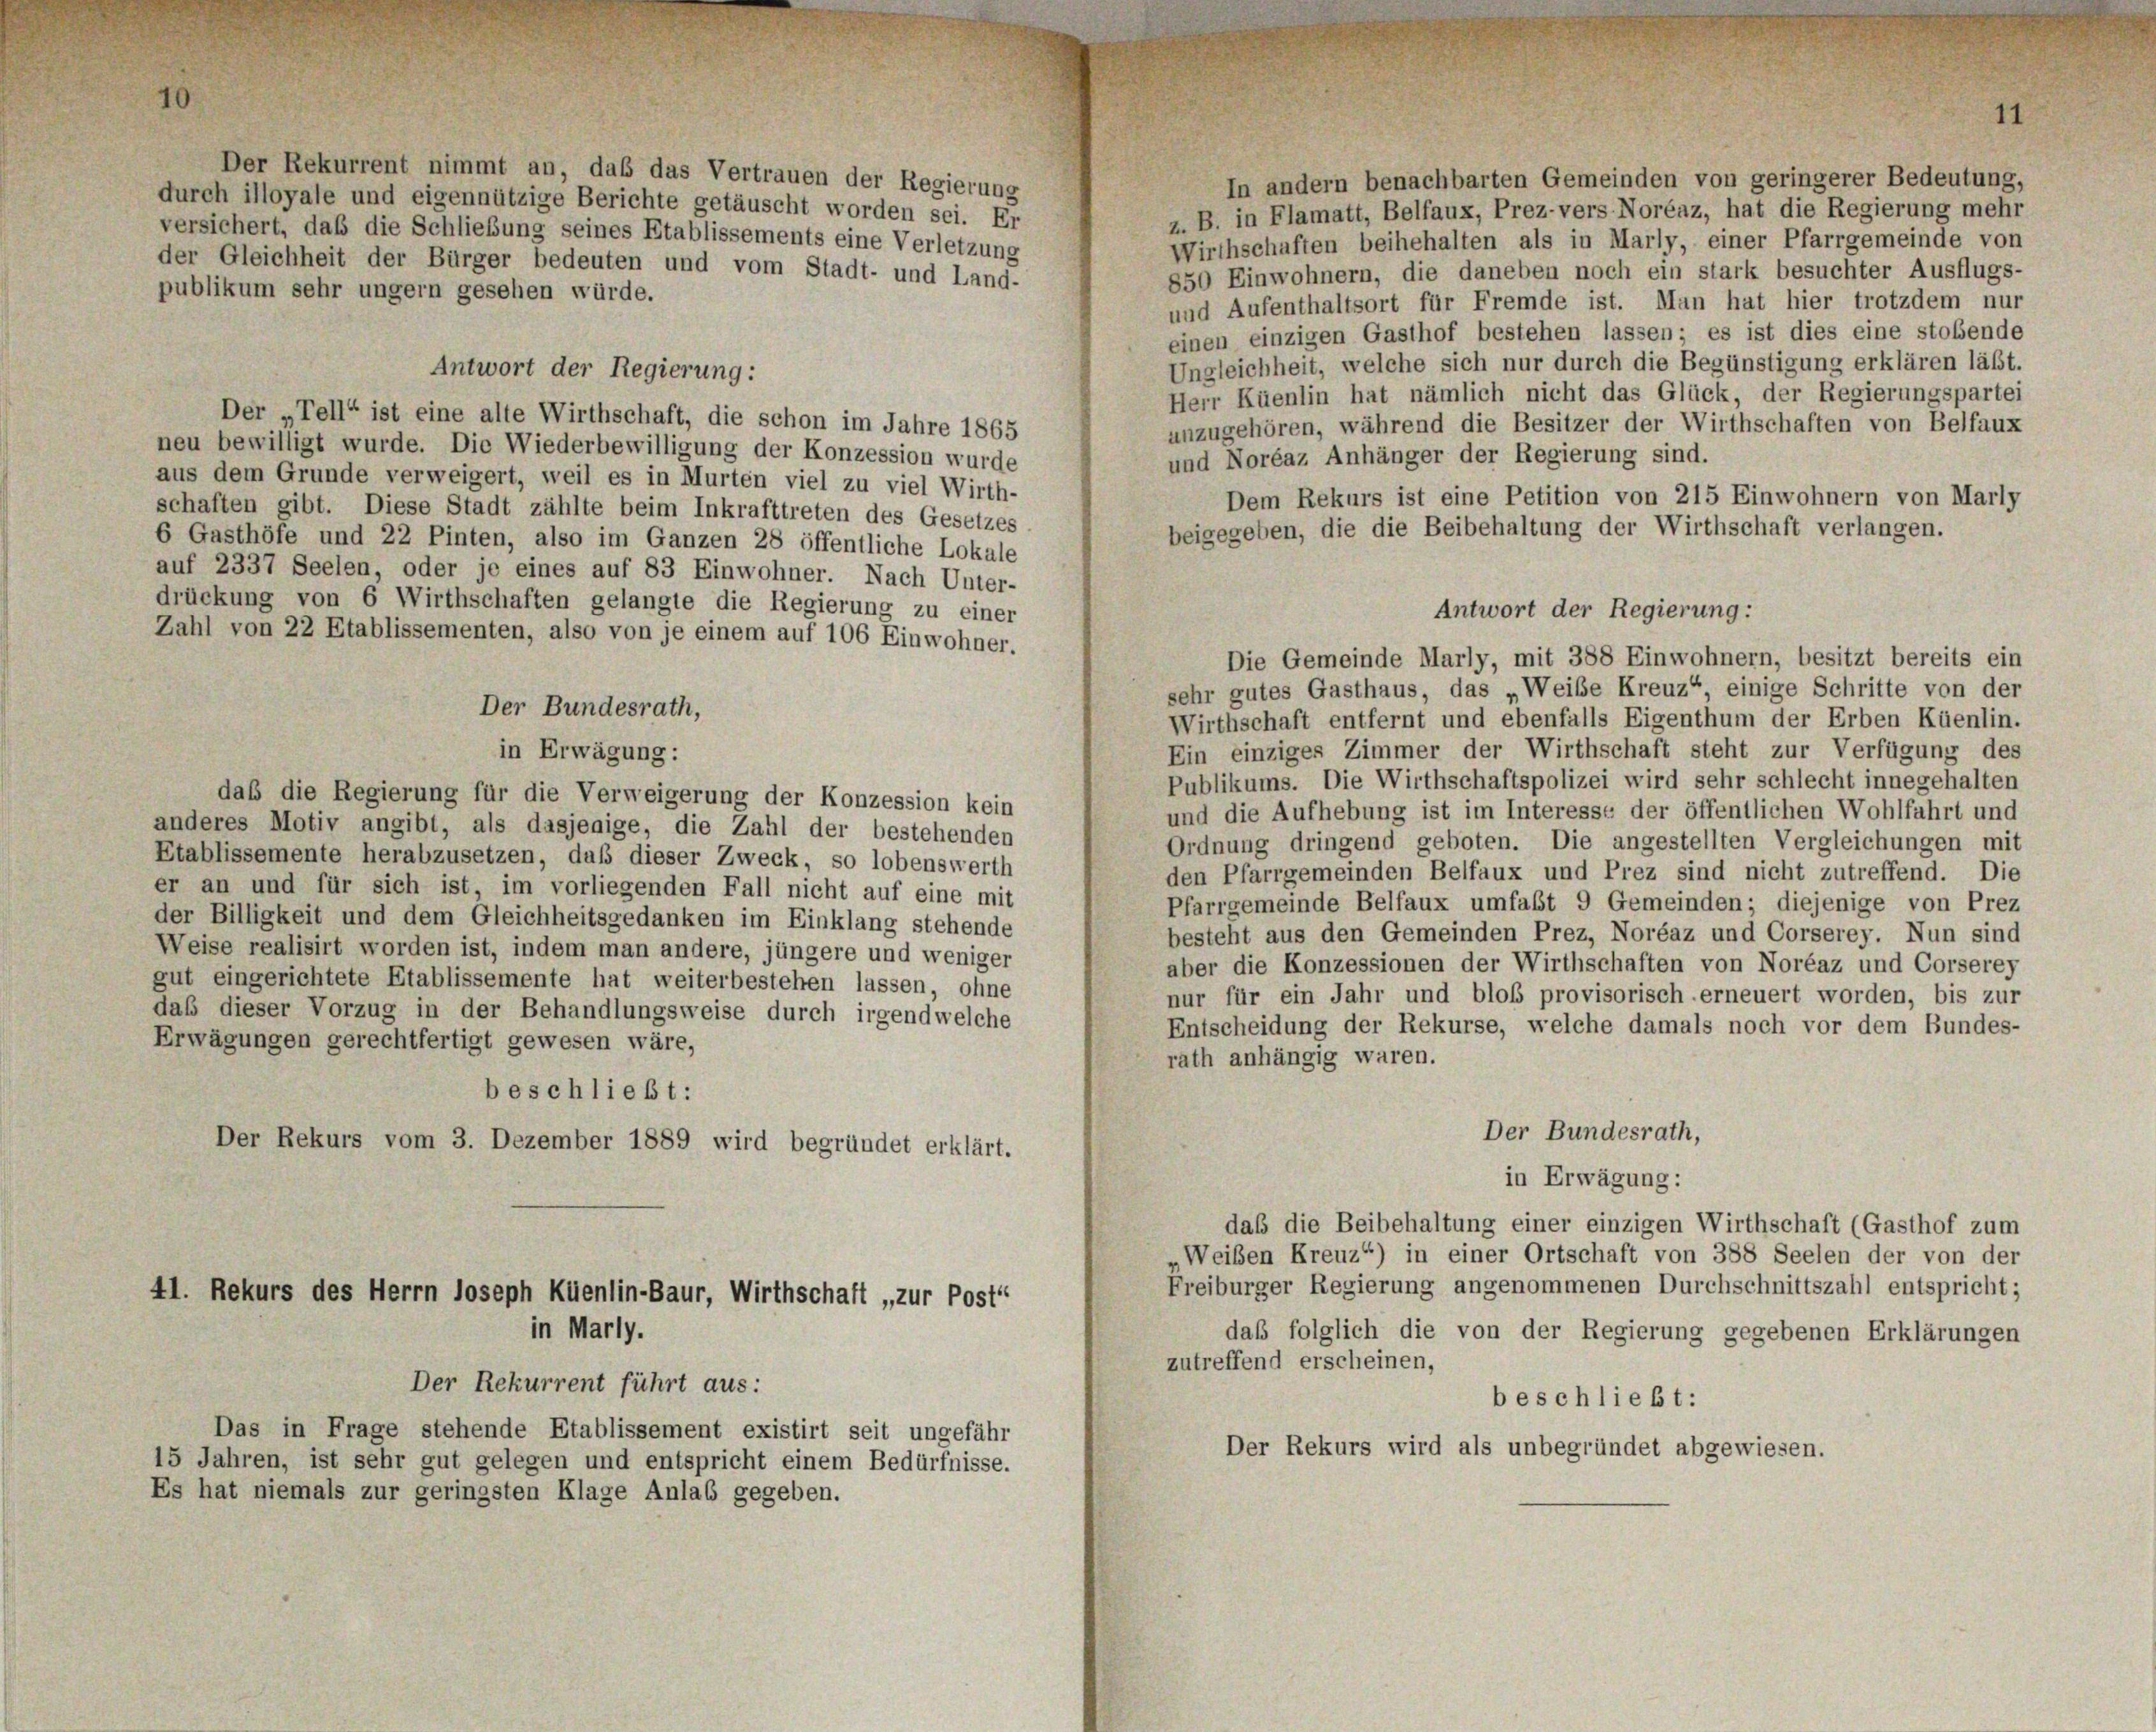
Der Rekurrent nimmt an, daß das Vertrauen der Regierung
In andern benachbarten Gemeinden von geringerer Bedeutung,
durch illoyale und eigennützige Berichte getäuscht worden sei. Er
z. B. in Flamatt, Belfaux, Prez-vers Noréaz, hat die Regierung mehr
versichert, daß die Schließung seines Etablissements eine Verletzung
Wirthschaften beibehalten als in Marly, einer Pfarrgemeinde von
der Gleichheit der Bürger bedeuten und vom Stadt- und Land-
850 Einwohnern, die daneben noch ein stark besuchter Ausflugs-
publikum sehr ungern gesehen würde.
und Aufenthaltsort für Fremde ist. Man hat hier trotzdem nur
einen einzigen Gasthof bestehen lassen; es ist dies eine stobende
Ungleichheit, welche sich nur durch die Begünstigung erklären läßt.
Antwort der Regierung:
Herr Küenlin hat nämlich nicht das Glück, der Regierungspartei
Der Tell“ ist eine alte Wirthschaft, die schon im Jahre 1865
unzugehören, während die Besitzer der Wirthschaften von Belfaux
neu bewilligt wurde. Die Wiederbewilligung der Konzession wurde
und Noréaz Anhänger der Regierung sind.
aus dem Grunde verweigert, weil es in Murten viel zu viel Wirth-
Dem Rekurs ist eine Petition von 215 Einwohnern von Marly
schaften gibt. Diese Stadt zählte beim Inkrafttreten des Gesetzes
beigegeben, die die Beibehaltung der Wirthschaft verlangen.
6 Gasthöfe und 22 Pinten, also im Ganzen 28 öffentliche Lokale
auf 2337 Seelen, oder je eines auf 83 Einwohner. Nach Unter-
drückung von 6 Wirthschaften gelangte die Regierung zu einer
Antwort der Regierung:
Zahl von 22 Etablissementen, also von je einem auf 106 Einwohner.
Die Gemeinde Marly, mit 388 Einwohnern, besitzt bereits ein
sehr gutes Gasthaus, das „Weibe Kreuz“ einige Schritte von der
Der Bundesrath,
Wirthschaft entfernt und ebenfalls Eigenthum der Erben Küenlin.
Ein einziges Zimmer der Wirthschaft steht zur Verfügung des
in Erwägung:
Publikums. Die Wirthschaftspolizei wird sehr schlecht innegehalten
daß die Regierung für die Verweigerung der Konzession kein
und die Aufhebung ist im Interesse der öffentlichen Wohlfahrt und
anderes Motiv angibt, als dasjenige, die Zahl der bestehenden
Ordnung dringend geboten. Die angestellten Vergleichungen mit
Etablissemente herabzusetzen, daß dieser Zweck, so lobenswerth
den Pfarrgemeinden Belfaux und Prez sind nicht zutreffend. Die
er an und für sich ist, im vorliegenden Fall nicht auf eine mit
Pfarrgemeinde Belfaux umfaßt 9 Gemeinden; diejenige von Prez
der Billigkeit und dem Gleichheitsgedanken im Einklang stehende
besteht aus den Gemeinden Prez, Noréaz und Corserey. Nun sind
Weise realisirt worden ist, indem man andere, jüngere und weniger
aber die Konzessionen der Wirthschaften von Noréaz und Corserey
gut eingerichtete Etablissemente hat weiterbestehen lassen, ohne
nur für ein Jahr und bloß provisorisch erneuert worden, bis zur
daß dieser Vorzug in der Behandlungsweise durch irgendwelche
Entscheidung der Rekurse, welche damals noch vor dem Bundes-
Erwägungen gerechtfertigt gewesen wäre,
rath anhängig waren.
beschließt:
Der Bundesrath,
Der Rekurs vom 3. Dezember 1889 wird begründet erklärt.
in Erwägung:
daß die Beibehaltung einer einzigen Wirthschaft (Gasthof zum
„Weiben Kreuz“) in einer Ortschaft von 388 Seelen der von der
Freiburger Regierung angenommenen Durchschnittszahl entspricht;
41. Rekurs des Herrn Joseph Küenlin-Baur, Wirthschaft „zur Post“
in Marly.
daß folglich die von der Regierung gegebenen Erklärungen
zutreffend erscheinen,
Der Rekurrent führt aus:
beschließt:
Das in Frage stehende Etablissement existirt seit ungefähr
Der Rekurs wird als unbegründet abgewiesen.
15 Jahren, ist sehr gut gelegen und entspricht einem Bedürfnisse.
Es hat niemals zur geringsten Klage Anlaß gegeben.

11